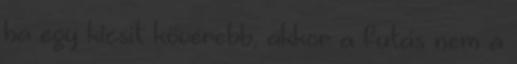
ha egy kicsit kövérebb, akkor a futás nem a